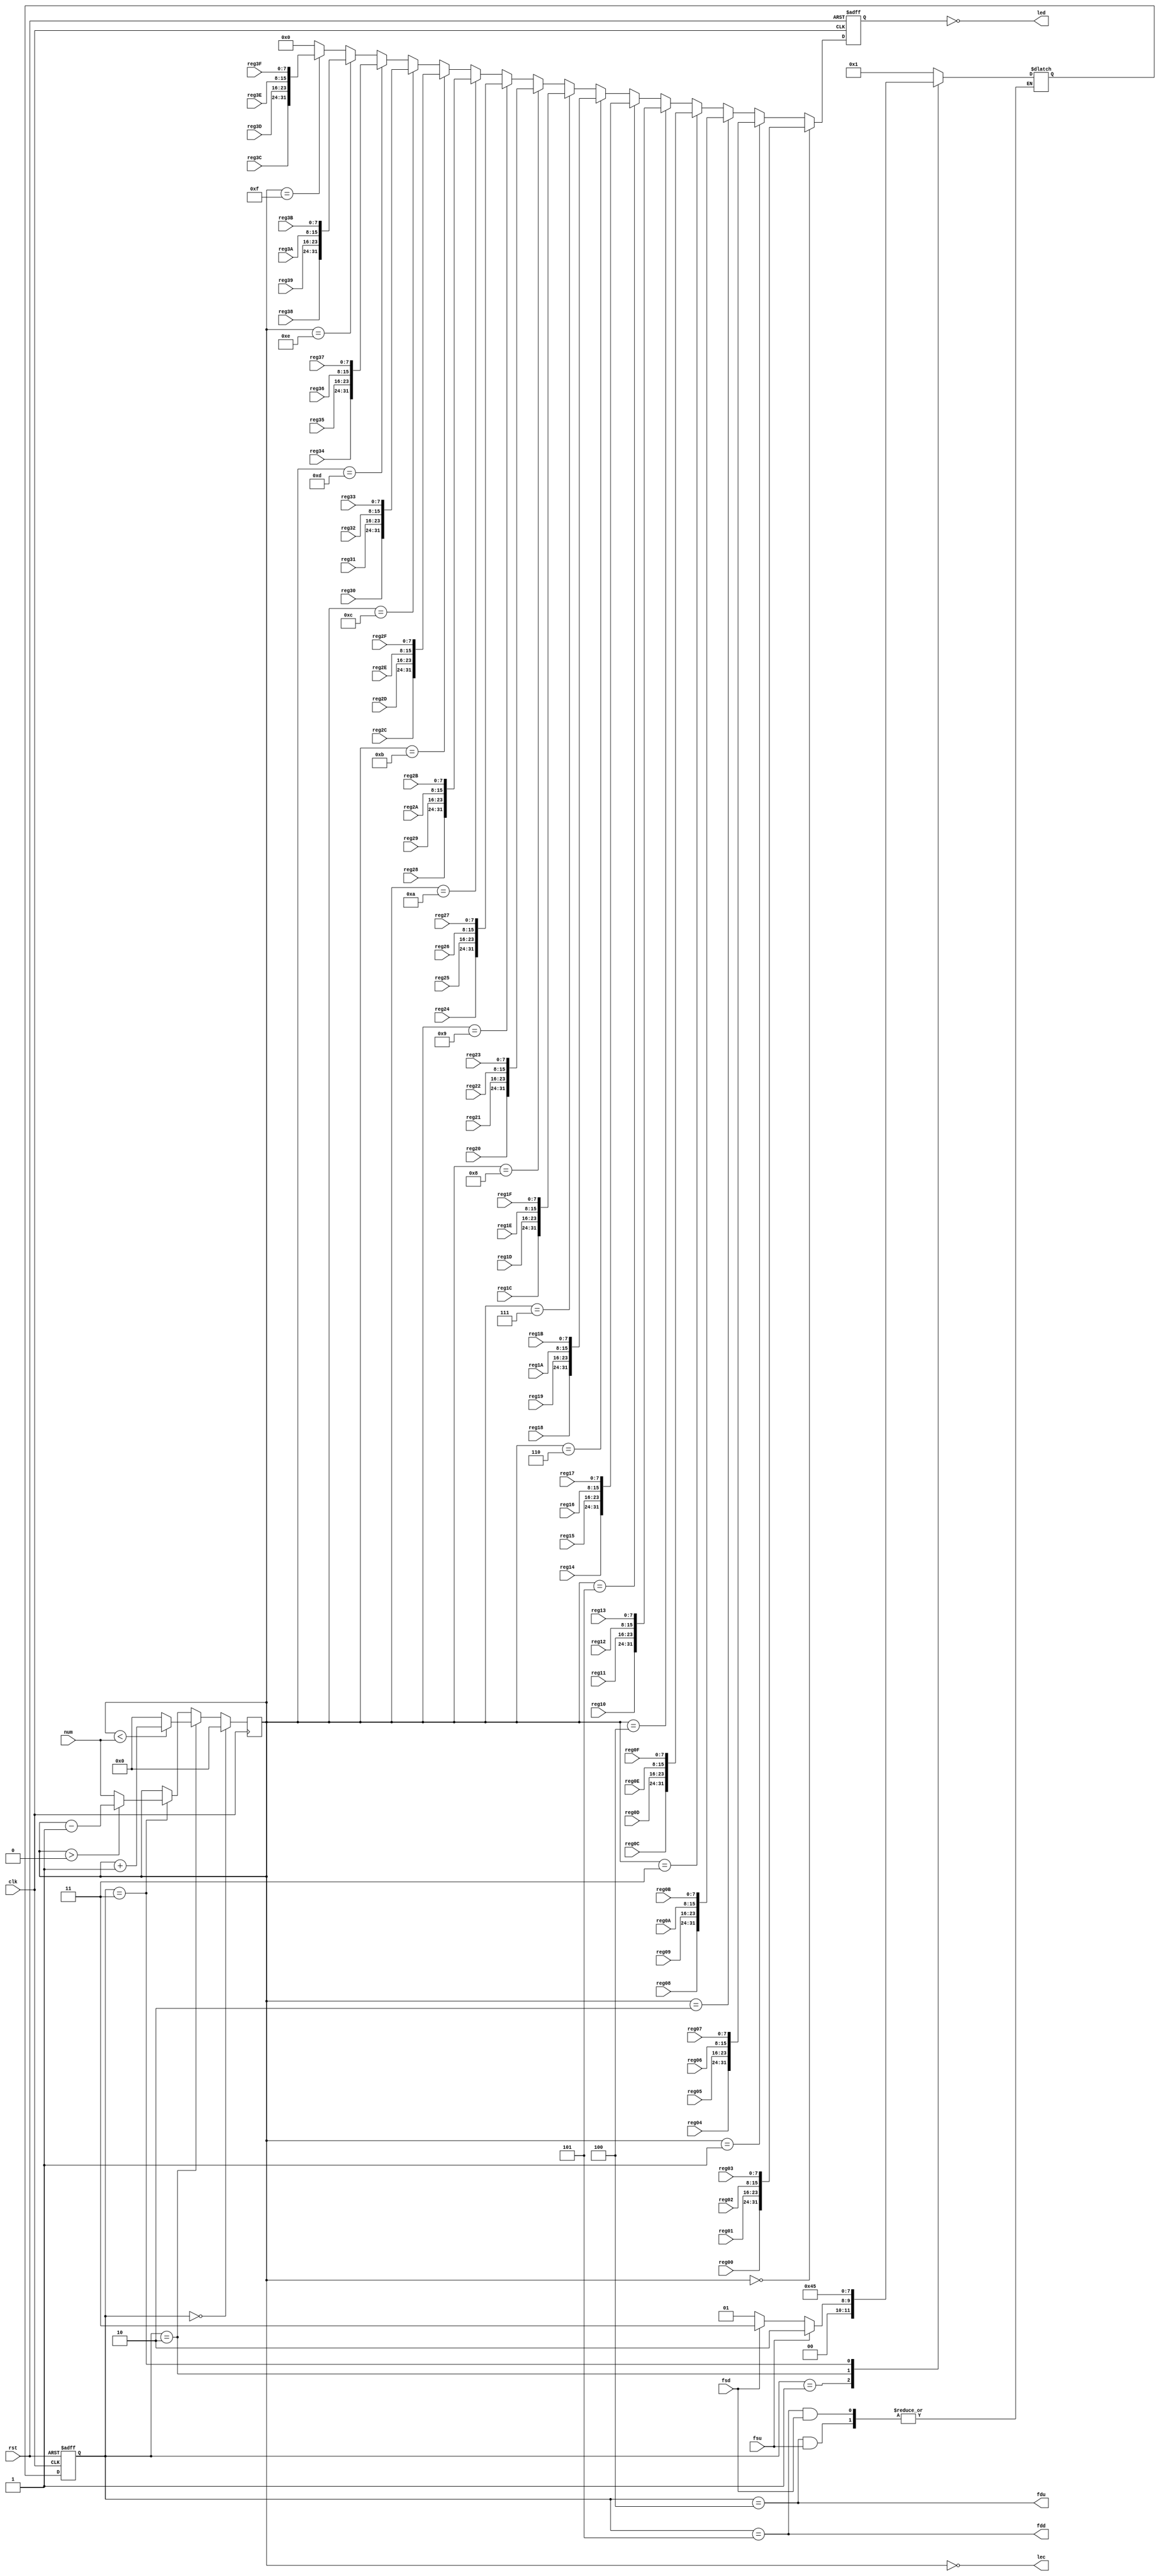
module led(
    input clk,
    input rst,
    input [3:0] num,
    output [3:0] lec,
    output [31:0] led,

    input fsu,
    input fsd,
    
    output fdu,
    output fdd,

    input [7:0] reg00, reg01, reg02, reg03,
    input [7:0] reg04, reg05, reg06, reg07,
    input [7:0] reg08, reg09, reg0A, reg0B,
    input [7:0] reg0C, reg0D, reg0E, reg0F,
    input [7:0] reg10, reg11, reg12, reg13,
    input [7:0] reg14, reg15, reg16, reg17,
    input [7:0] reg18, reg19, reg1A, reg1B,
    input [7:0] reg1C, reg1D, reg1E, reg1F,
    input [7:0] reg20, reg21, reg22, reg23,
    input [7:0] reg24, reg25, reg26, reg27,
    input [7:0] reg28, reg29, reg2A, reg2B,
    input [7:0] reg2C, reg2D, reg2E, reg2F,
    input [7:0] reg30, reg31, reg32, reg33,
    input [7:0] reg34, reg35, reg36, reg37,
    input [7:0] reg38, reg39, reg3A, reg3B,
    input [7:0] reg3C, reg3D, reg3E, reg3F
);

    localparam IDLE = 4'h0, WAIT = 4'h1, UP = 4'h2, DOWN = 4'h3;
    localparam LATU = 4'h4, LATD = 4'h5;
    reg [3:0] data_cnt;
    reg [3:0] state, next_state; 
    reg [31:0] rled;
    assign fdu = (state == LATU);
    assign fdd = (state == LATD);


    assign lec = ~data_cnt;
    assign led = ~rled;

    always @(posedge clk or posedge rst) begin
        if(rst) state <= IDLE;
        else state <= next_state;
    end

    always @(*) begin
        case(state)
            IDLE: next_state <= WAIT;
            WAIT: begin
                if(fsu) next_state <= UP;
                else if(fsd) next_state <= DOWN;
                else next_state <= WAIT;
            end
            UP: next_state <= LATU;
            DOWN: next_state <= LATD;
            LATU: if(fsu == 1'b0) next_state <= WAIT;
            LATD: if(fsd == 1'b0) next_state <= WAIT;
            default: next_state <= WAIT;
        endcase
    end

    always @(posedge clk or posedge rst) begin
        if(rst) rled <= 32'h0;
        else if(data_cnt == 4'h0) rled <= {reg00, reg01, reg02, reg03};
        else if(data_cnt == 4'h1) rled <= {reg04, reg05, reg06, reg07};
        else if(data_cnt == 4'h2) rled <= {reg08, reg09, reg0A, reg0B};
        else if(data_cnt == 4'h3) rled <= {reg0C, reg0D, reg0E, reg0F};
        else if(data_cnt == 4'h4) rled <= {reg10, reg11, reg12, reg13};
        else if(data_cnt == 4'h5) rled <= {reg14, reg15, reg16, reg17};
        else if(data_cnt == 4'h6) rled <= {reg18, reg19, reg1A, reg1B};
        else if(data_cnt == 4'h7) rled <= {reg1C, reg1D, reg1E, reg1F};
        else if(data_cnt == 4'h8) rled <= {reg20, reg21, reg22, reg23};
        else if(data_cnt == 4'h9) rled <= {reg24, reg25, reg26, reg27};
        else if(data_cnt == 4'hA) rled <= {reg28, reg29, reg2A, reg2B};
        else if(data_cnt == 4'hB) rled <= {reg2C, reg2D, reg2E, reg2F};
        else if(data_cnt == 4'hC) rled <= {reg30, reg31, reg32, reg33};
        else if(data_cnt == 4'hD) rled <= {reg34, reg35, reg36, reg37};
        else if(data_cnt == 4'hE) rled <= {reg38, reg39, reg3A, reg3B};
        else if(data_cnt == 4'hF) rled <= {reg3C, reg3D, reg3E, reg3F};
        else rled <= 32'h0;
    end

    always @(posedge clk) begin
        if(state == IDLE) data_cnt <= 4'h0;
        else if(state == UP) begin
            if(data_cnt < num) data_cnt <= data_cnt + 1'b1;
            else data_cnt <= 4'h0;
        end
        else if(state == DOWN) begin
            if(data_cnt > 1'b0) data_cnt <= data_cnt - 1'b1;
            else data_cnt <= num;
        end
        else data_cnt <= data_cnt;
    end

endmodule